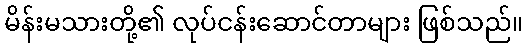
မိန်းမသားတို့၏ လုပ်ငန်းဆောင်တာများ ဖြစ်သည်။